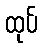
ထုပ်